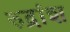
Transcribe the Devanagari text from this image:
रुद्रांश